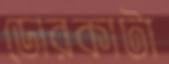
ডোরকাটা